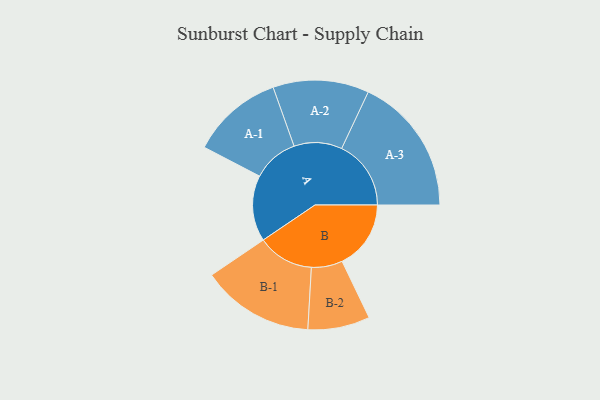
{"axis": {"x": "Segment", "y": "Value"}, "legend": ["", "A", "B"], "data": [{"x": "A", "y": 253, "type": ""}, {"x": "B", "y": 264, "type": ""}, {"x": "A-1", "y": 176, "type": "A"}, {"x": "A-2", "y": 184, "type": "A"}, {"x": "A-3", "y": 266, "type": "A"}, {"x": "B-1", "y": 216, "type": "B"}, {"x": "B-2", "y": 119, "type": "B"}]}